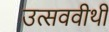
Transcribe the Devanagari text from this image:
उत्सववीथी